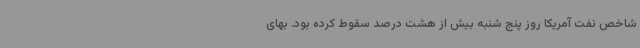
شاخص نفت آمریکا روز پنج شنبه بیش از هشت درصد سقوط کرده بود. بهای